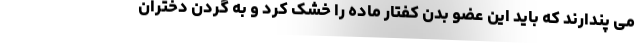
می پندارند که باید این عضو بدن کفتار ماده را خشک کرد و به گردن دختران